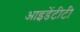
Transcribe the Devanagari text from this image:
आइडेंटीटी